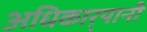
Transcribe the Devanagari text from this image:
अधिकार्‍यानी